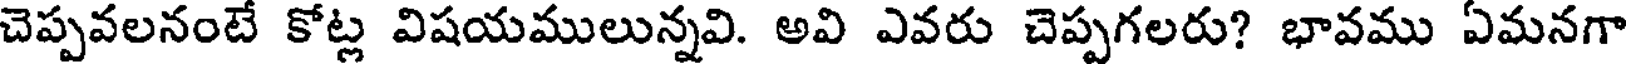
చెప్పవలనంటే కోట్ల విషయములున్నవి. అవి ఎవరు చెప్పగలరు? భావము ఏమనగా